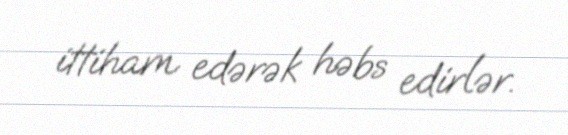
ittiham edərək həbs edirlər.